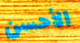
الأحسن